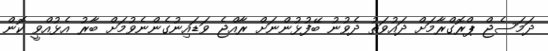
ދަމަސެޖް ޕްރޮގްރާމަށް ދައުވަތު ދެވުނު ބޭފުޅުންނަށް ރާއްޖެ ވަޑައިނުގެންނެވުމަށް ބާރު އެޅުއްވީ ކޮން